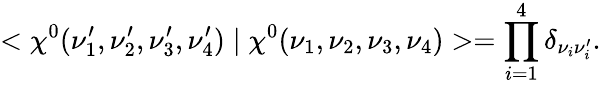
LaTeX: <\chi^{0}(\nu_{1}^{\prime},\nu_{2}^{\prime},\nu_{3}^{\prime},\nu_{4}^{\prime})\mid\chi^{0}(\nu_{1},\nu_{2},\nu_{3},\nu_{4})>=\prod_{i=1}^{4}\delta_{\nu_{i}\nu_{i}^{\prime}}.